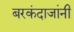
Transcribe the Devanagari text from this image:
बरकंदाजांनी